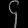
Digit: ၄